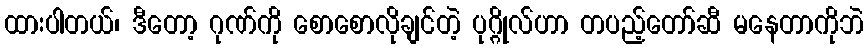
ထားပါတယ်၊ ဒီတော့ ဂုဏ်ကို စောစောလိုချင်တဲ့ ပုဂ္ဂိုလ်ဟာ တပည့်တော်ဆီ မနေတာကိုဘဲ